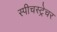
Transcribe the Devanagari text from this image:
स्पीचस्ट्रेचर